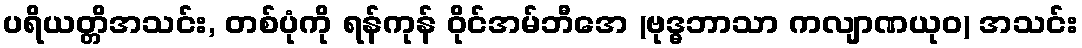
ပရိယတ္တိအသင်း, တစ်ပုံကို ရန်ကုန် ဝိုင်အမ်ဘီအေ (ဗုဒ္ဓဘာသာ ကလျာဏယုဝ) အသင်း